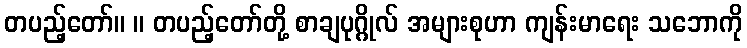
တပည့်တော်။ ။ တပည့်တော်တို့ စာချပုဂ္ဂိုလ် အများစုဟာ ကျန်းမာရေး သဘောကို